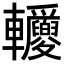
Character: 𨐂